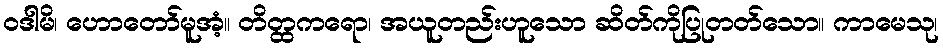
ဝဒါမိ၊ ဟောတော်မူအံ့။ တိတ္ထကရော၊ အယူတည်းဟူသော ဆိတ်ကိုပြုတတ်သော။ ကာမေသု၊